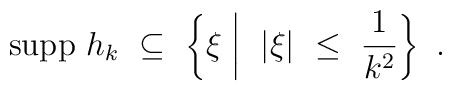
{\rm supp} \ h_k \ \subseteq \ \left\{ \xi \biggm| \ |\xi| \ \leq \  \frac{1}{k^2} \right\} \ .